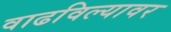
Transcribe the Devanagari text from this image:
वाढविल्यावर